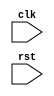
module behavioral_modeling_block (
    input wire clk, // clock signal
    input wire rst // reset signal
);

// behavioral modeling block
always @ (posedge clk or negedge rst)
begin
    // behavior or functionality of the module
    // insert code here
end

endmodule